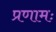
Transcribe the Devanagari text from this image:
प्रणामः